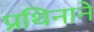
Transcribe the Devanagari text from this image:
प्रथिनाने